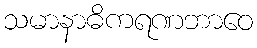
သမာနာဓိကရဏဘာဝေ